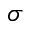
\boldsymbol \sigma